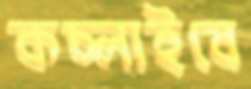
কচ্‌লাইবে